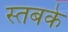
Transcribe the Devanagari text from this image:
स्तबके